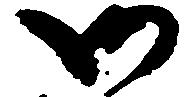
御